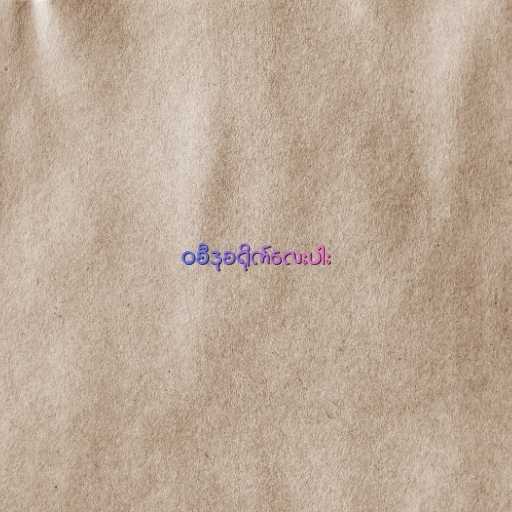
၀စီဒုစရိုက်လေးပါး